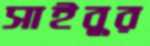
সাইবুর